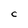
Character: C